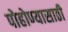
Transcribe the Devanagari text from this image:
पोहोण्यासाठी